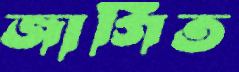
জাগিত